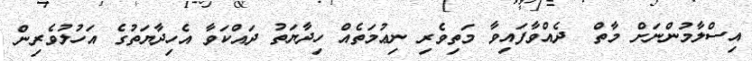
އިސްލާމުންނަށް މާތް  ދެއްވާފައިވާ މަތިވެރި ނިޢުމަތެއް ހިދާޔަތު ދައްކަވާ އެހިދާޔަތުގެ އަހުލުވެރިން